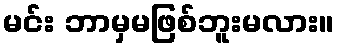
မင်း ဘာမှမဖြစ်ဘူးမလား။